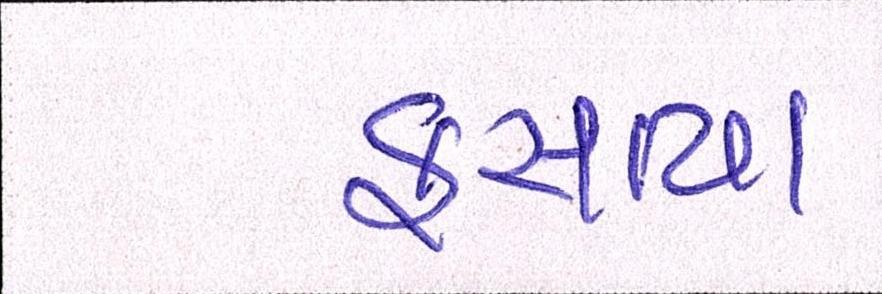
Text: ફસાયા